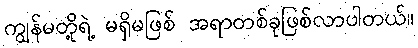
ကျွန်မတို့ရဲ့ မရှိမဖြစ် အရာတစ်ခုဖြစ်လာပါတယ်။